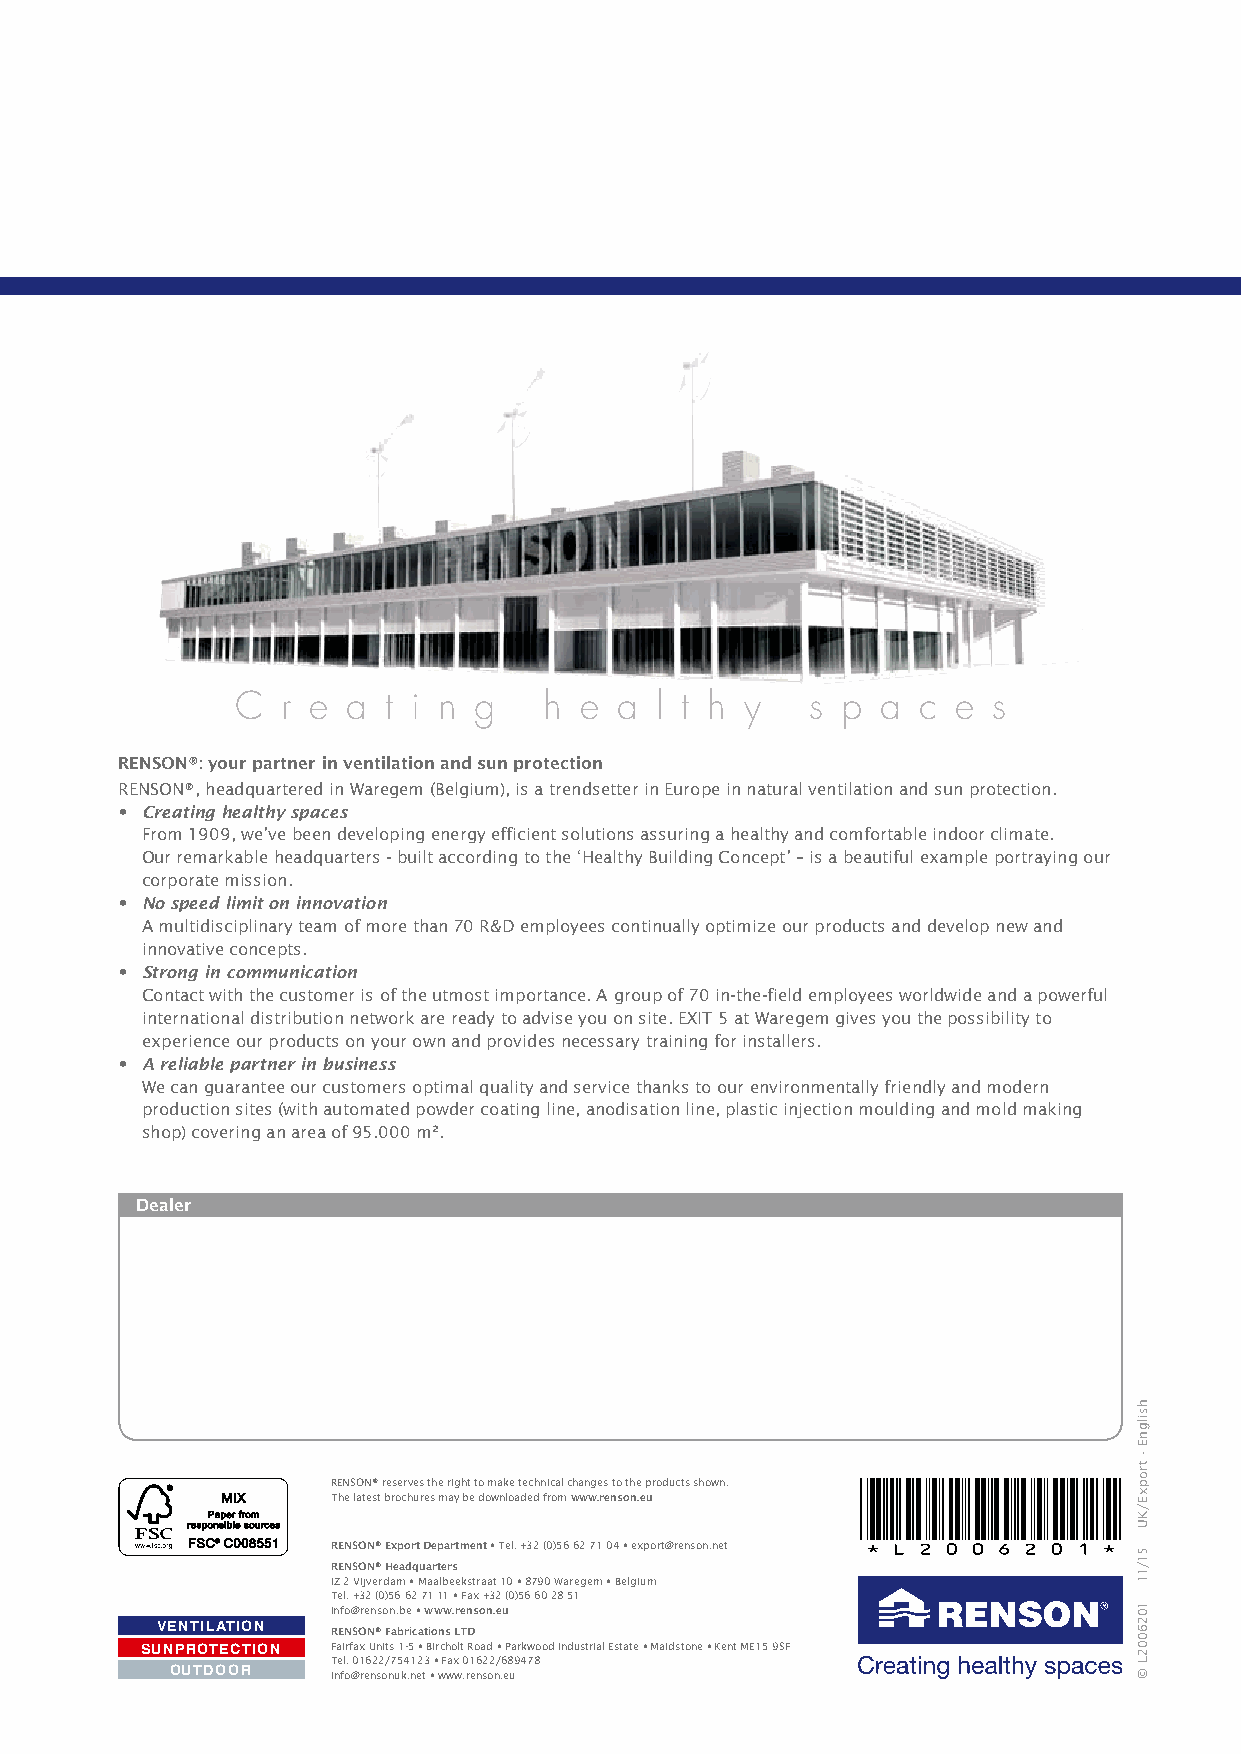
C  r e a  t i n g   h e  a l t h y    s p a  c e  s
 RENSON®: your partner in ventilation and sun protection
 RENSON®, headquartered in Waregem (Belgium), is a trendsetter in Europe in natural ventilation and sun protection.
 • Creating healthy spaces
 From 1909, we’ve been developing energy efficient solutions assuring a healthy and comfortable indoor climate.
 Our remarkable headquarters - built according to the ‘Healthy Building Concept’ – is a beautiful example portraying our
 corporate mission.
 • No speed limit on innovation
 A multidisciplinary team of more than 70 R&D employees continually optimize our products and develop new and
 innovative concepts.
 • Strong in communication
 Contact with the customer is of the utmost importance. A group of 70 in-the-field employees worldwide and a powerful
 international distribution network are ready to advise you on site. EXIT 5 at Waregem gives you the possibility to
 experience our products on your own and provides necessary training for installers.
 • A reliable partner in business
 We can guarantee our customers optimal quality and service thanks to our environmentally friendly and modern
 production sites (with automated powder coating line, anodisation line, plastic injection moulding and mold making
 shop) covering an area of 95.000 m².
 Dealer
 RENSON® reserves the right to make technical changes to the products shown.
 The latest brochures may be downloaded from www.renson.eu
 RENSON® Export Department • Tel. +32 (0)56 62 71 04 • export@renson.net
 RENSON® Headquarters
 IZ 2 Vijverdam • Maalbeekstraat 10 • 8790 Waregem • Belgium
 Tel. +32 (0)56 62 71 11 • Fax +32 (0)56 60 28 51
 info@renson.be • www.renson.eu
 VENTILATION RENSON® Fabrications LTD
 SUNPROTECTION Fairfax Units 1-5 • Bircholt Road • Parkwood Industrial Estate • Maidstone • Kent ME15 9SF
 Tel. 01622/754123 • Fax 01622/689478
 OUTDOOR    info@rensonuk.net • www.renson.eu
 hsilgnE
 -
 tropxE/KU
 51/11
 1026002L
 ©